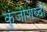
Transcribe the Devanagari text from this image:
कुंजीशब्दों